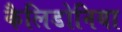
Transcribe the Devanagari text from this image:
कैलिडोनिया